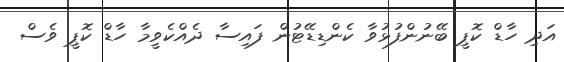
އަދި ހާޑް ކޮޕީ ބޭނުންފުޅުވާ ކެންޑިޑޭޓުން ފައިސާ ދެއްކެވީމާ ހާޑް ކޮޕީ ވެސް